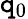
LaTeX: \mathtt{q}_{0}